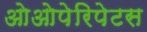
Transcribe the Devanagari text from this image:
ओओपेरिपेटस